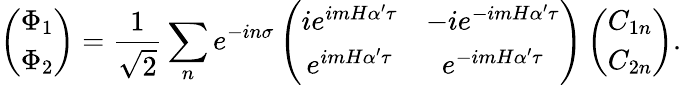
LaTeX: \left(\begin{array}{c}{{\Phi_{1}}}\\ {{\Phi_{2}}}\end{array}\right)=\frac{1}{\sqrt{2}}\sum_{n}e^{-in\sigma}\left(\begin{array}{cc}{{ie^{imH\alpha^{\prime}\tau}}}&{{-ie^{-imH\alpha^{\prime}\tau}}}\\ {{e^{imH\alpha^{\prime}\tau}}}&{{e^{-imH\alpha^{\prime}\tau}}}\end{array}\right)\left(\begin{array}{c}{{C_{1n}}}\\ {{C_{2n}}}\end{array}\right).